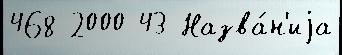
468 2000 43 Назва́н'иjа